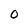
Character: 0